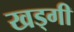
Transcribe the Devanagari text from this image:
खड्गी